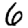
Digit: 6